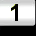
Digit: 1